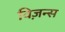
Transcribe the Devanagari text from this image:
विज़न्स